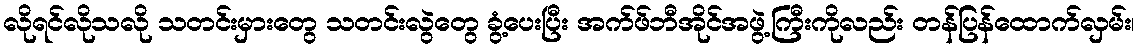
လိုရင်လိုသလို သတင်းမှားတွေ သတင်းလွဲတွေ ခွံ့ပေးပြီး အက်ဖ်ဘီအိုင်အဖွဲ့ကြီးကိုလည်း တန်ပြန်ထောက်လှမ်း၊